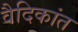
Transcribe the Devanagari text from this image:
वैदिकांत